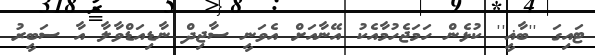
ޓައިގަ ''ބާޣީ'' ކުޅެން ހަމަޖެހުމާއެކު އޭނާއަށް އެވަނީ ސާޖިދް ނާޑިއަޑްވާލާ އާ ސަބީރު